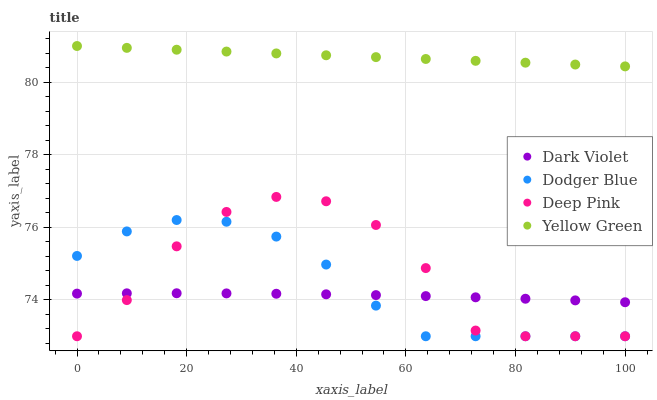
| xaxis_label | Dark Violet | Dodger Blue | Deep Pink | Yellow Green |
 | --- | --- | --- | --- | --- |
 | 0 | 74.2 | 75.2 | 73 | 81 |
 | 9.09 | 74.2 | 75.9 | 74 | 80.9 |
 | 18.2 | 74.2 | 76.2 | 75.5 | 80.9 |
 | 27.3 | 74.2 | 76.2 | 76.4 | 80.8 |
 | 36.4 | 74.2 | 75.7 | 76.8 | 80.8 |
 | 45.5 | 74.2 | 75 | 76.7 | 80.7 |
 | 54.5 | 74.1 | 73.8 | 76.1 | 80.7 |
 | 63.6 | 74.1 | 73 | 74.9 | 80.6 |
 | 72.7 | 74.1 | 73 | 73.2 | 80.6 |
 | 81.8 | 74 | 73 | 73 | 80.5 |
 | 90.9 | 74 | 73 | 73 | 80.5 |
 | 100 | 73.9 | 73 | 73 | 80.4 |